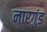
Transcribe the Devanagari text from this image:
नारगुंड